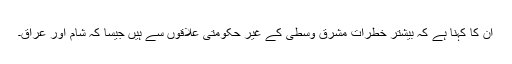
ان کا کہنا ہے کہ بیشتر خطرات مشرق وسطیٰ کے غیر حکومتی علاقوں سے ہیں جیسا کہ شام اور عراق۔